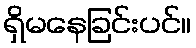
ရှိမနေခြင်းပင်။